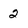
Character: 2